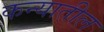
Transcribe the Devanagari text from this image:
कन्यातील